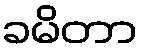
ခမိတာ